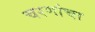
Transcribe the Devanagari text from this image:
चरणांचा